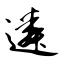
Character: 遴